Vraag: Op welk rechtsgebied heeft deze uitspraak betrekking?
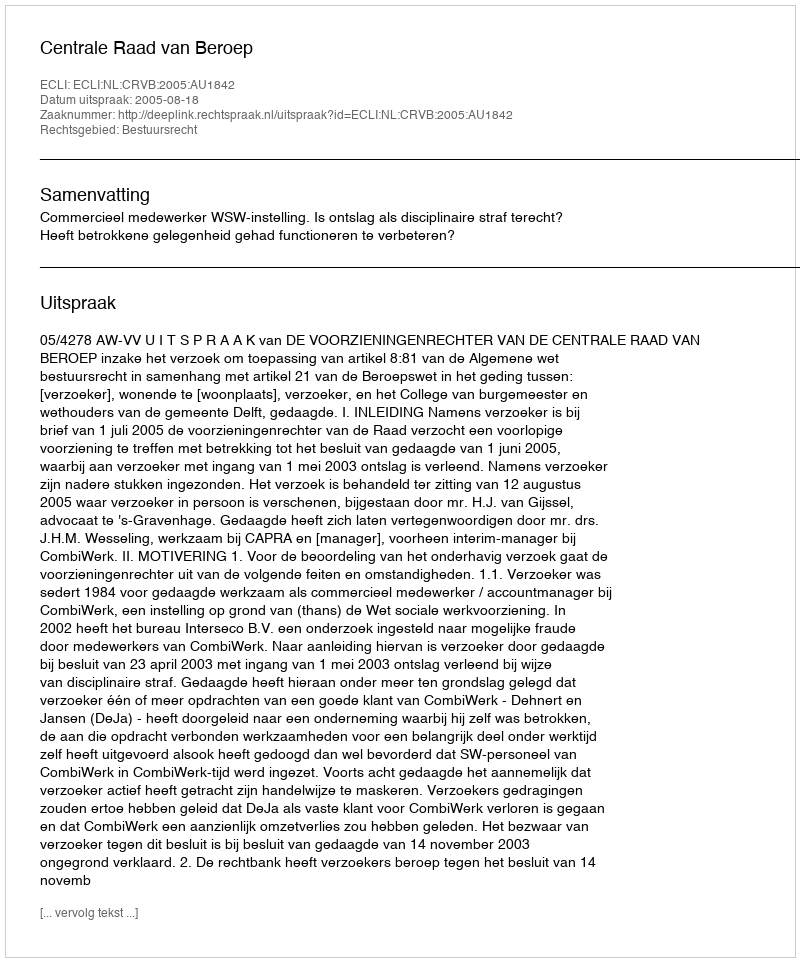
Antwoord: Bestuursrecht